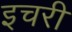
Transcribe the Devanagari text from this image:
इचरी